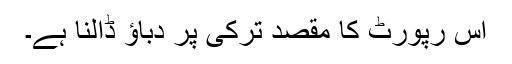
اس رپورٹ کا مقصد ترکی پر دباؤ ڈالنا ہے۔